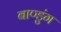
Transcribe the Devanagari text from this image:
बाण्डुंग